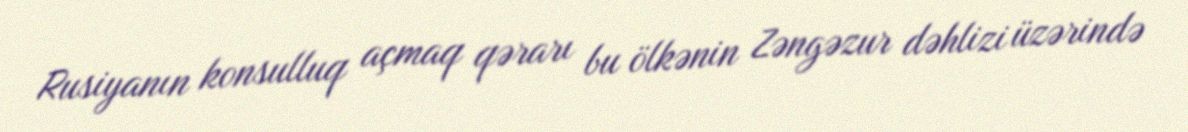
Rusiyanın konsulluq açmaq qərarı bu ölkənin Zəngəzur dəhlizi üzərində